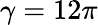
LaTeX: \gamma=12\pi